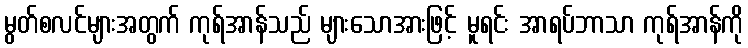
မွတ်စလင်များအတွက် ကုရ်အာန်သည် များသောအားဖြင့် မူရင်း အာရပ်ဘာသာ ကုရ်အာန်ကို